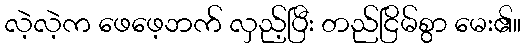
လဲ့လဲ့က ဖေဖေ့ဘက် လှည့်ပြီး တည်ငြိမ်စွာ မေး၏။